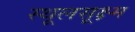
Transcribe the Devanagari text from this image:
स्थूलसूक्ष्म